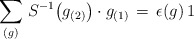
\begin{align*} \sum \limits_{(g)} \, S^{-1} \big( g_{(2)} \big) \cdot g_{(1)} \, = \, \epsilon (g) \, 1\end{align*}